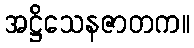
အဋ္ဌိသေနဇာတက။